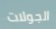
الجولات